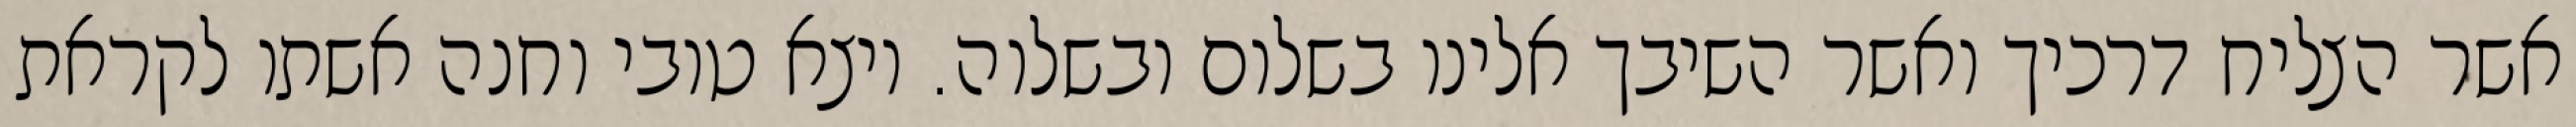
אשר הצליח דרכיך ואשר השיבך אלינו בשלום ובשלוה. ויצא טובי וחנה אשתו לקראת